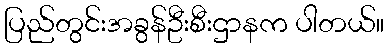
ပြည်တွင်းအခွန်ဦးစီးဌာနက ပါတယ်။